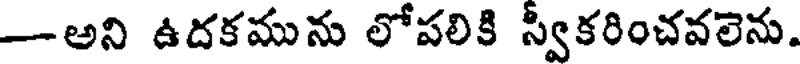
-అని ఉదకమును లోపలికి స్వీకరించవలెను.